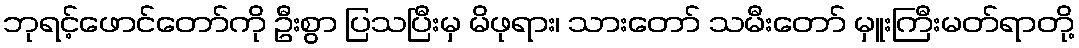
ဘုရင့်ဖောင်တော်ကို ဦးစွာ ပြသပြီးမှ မိဖုရား၊ သားတော် သမီးတော် မှူးကြီးမတ်ရာတို့